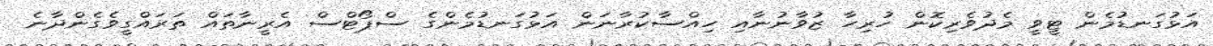
އަޅުގަނޑުމެން ޓީވީ މެދުވެރިކޮން ހުރިހާ ޒުވާނުނާއި ހިއްސާކުރާނަން އަޅުގަނޑުމެންގެ ސްޕޯޓްސް އެރީނާތައް ތަރައްގީވެގެންދާނެ